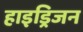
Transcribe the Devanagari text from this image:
हाइड्रिजन